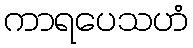
ကာရပေသဟံ